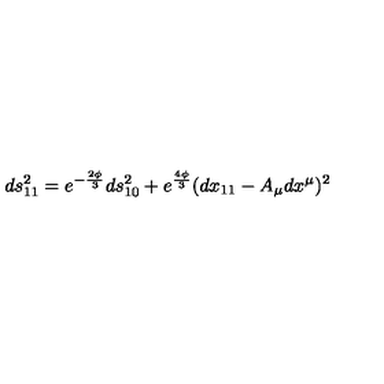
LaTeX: d s _ { 1 1 } ^ { 2 } = e ^ { - { \frac { 2 \phi } { 3 } } } d s _ { 1 0 } ^ { 2 } + e ^ { \frac { 4 \phi } { 3 } } ( d x _ { 1 1 } - A _ { \mu } d x ^ { \mu } ) ^ { 2 }